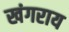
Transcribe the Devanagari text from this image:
खंगराय